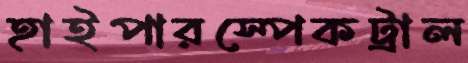
হাইপারস্পেকট্রাল